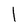
Character: l